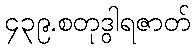
၄၃၉.စတုဒွါရဇာတ်